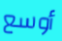
أوسع